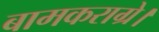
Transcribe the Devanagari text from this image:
बामकराग्रे।